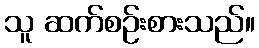
သူ ဆက်စဉ်းစားသည်။